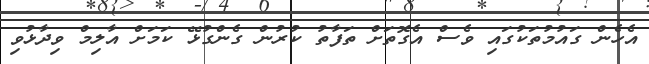
އެހެން ގައުމުތަކުގައި ވެސް އެގޮތަށް ތަފާތު ކުރުން ގެންގުޅޭ ކަމަށް އާލިމް ވިދާޅުވި